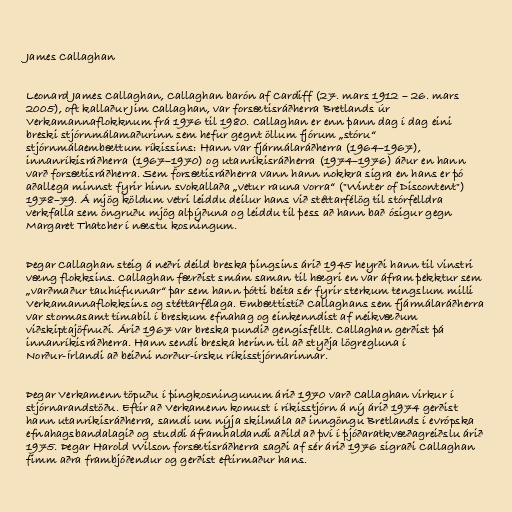
James Callaghan

Leonard James Callaghan, Callaghan barón af Cardiff (27. mars 1912 – 26. mars
2005), oft kallaður Jim Callaghan, var forsætisráðherra Bretlands úr
Verkamannaflokknum frá 1976 til 1980. Callaghan er enn þann dag í dag eini
breski stjórnmálamaðurinn sem hefur gegnt öllum fjórum „stóru“
stjórnmálaembættum ríkissins: Hann var fjármálaráðherra (1964–1967),
innanríkisráðherra (1967–1970) og utanríkisráðherra (1974–1976) áður en hann
varð forsætisráðherra. Sem forsætisráðherra vann hann nokkra sigra en hans er þó
aðallega minnst fyrir hinn svokallaða „vetur rauna vorra“ ("Winter of Discontent")
1978–79. Á mjög köldum vetri leiddu deilur hans við stéttarfélög til stórfelldra
verkfalla sem öngruðu mjög alþýðuna og leiddu til þess að hann bað ósigur gegn
Margaret Thatcher í næstu kosningum.

Þegar Callaghan steig á neðri deild breska þingsins árið 1945 heyrði hann til vinstri
væng flokksins. Callaghan færðist smám saman til hægri en var áfram þekktur sem
„varðmaður tauhúfunnar“ þar sem hann þótti beita sér fyrir sterkum tengslum milli
Verkamannaflokksins og stéttarfélaga. Embættistíð Callaghans sem fjármálaráðherra
var stormasamt tímabil í breskum efnahag og einkenndist af neikvæðum
viðskiptajöfnuði. Árið 1967 var breska pundið gengisfellt. Callaghan gerðist þá
innanríkisráðherra. Hann sendi breska herinn til að styðja lögregluna í
Norður-Írlandi að beiðni norður-írsku ríkisstjórnarinnar.

Þegar Verkamenn töpuðu í þingkosningunum árið 1970 varð Callaghan virkur í
stjórnarandstöðu. Eftir að Verkamenn komust í ríkisstjórn á ný árið 1974 gerðist
hann utanríkisráðherra, samdi um nýja skilmála að inngöngu Bretlands í evrópska
efnahagsbandalagið og studdi áframhaldandi aðild að því í þjóðaratkvæðagreiðslu árið
1975. Þegar Harold Wilson forsætisráðherra sagði af sér árið 1976 sigraði Callaghan
fimm aðra frambjóðendur og gerðist eftirmaður hans.